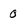
Character: 0